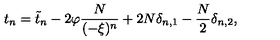
t _ { n } = \tilde { t } _ { n } - 2 \varphi \frac { N } { ( - \xi ) ^ { n } } + 2 N \delta _ { n , 1 } - \frac { N } { 2 } \delta _ { n , 2 } ,